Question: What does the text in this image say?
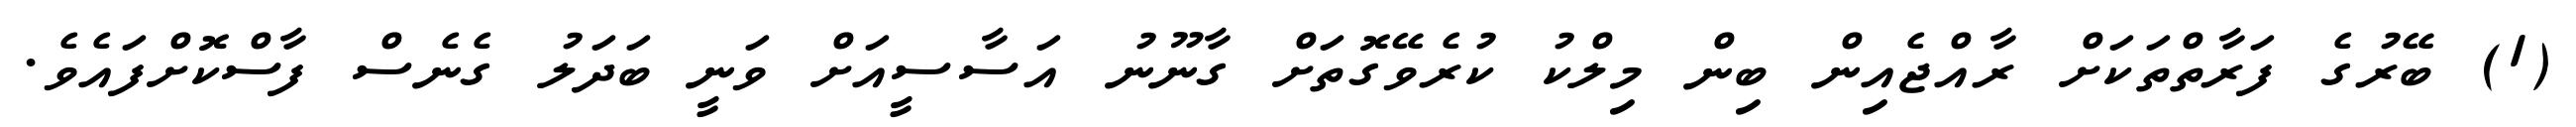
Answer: (1) ބޭރުގެ ފަރާތްތަކަށް ރާއްޖެއިން ބިން މިލްކު ކުރެވޭގޮތަށް ގާނޫނު އަސާސީއަށް ވަނީ ބަދަލު ގެނެސް ފާސްކޮށްފައެވެ.